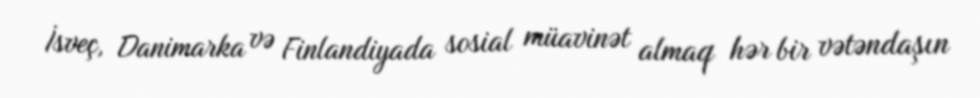
İsveç, Danimarka və Finlandiyada sosial müavinət almaq hər bir vətəndaşın